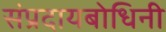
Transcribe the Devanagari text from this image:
संप्रदायबोधिनी